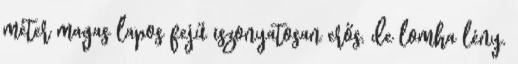
méter magas lapos fejű iszonyatosan erős, de lomha lény.